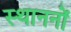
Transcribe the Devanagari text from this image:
स्थाननों